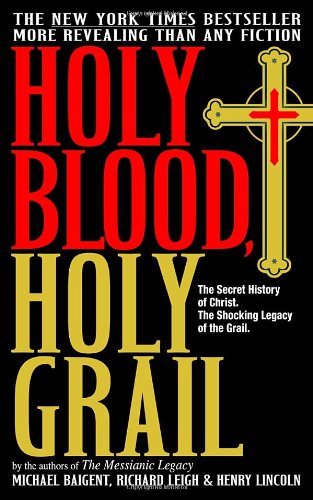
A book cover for Holy Blood, Holy Grail: The Secret History of Christ & The Shocking Legacy of the Grail; Michael Baigent; History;